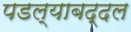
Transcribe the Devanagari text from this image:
पडल्याबद्दल